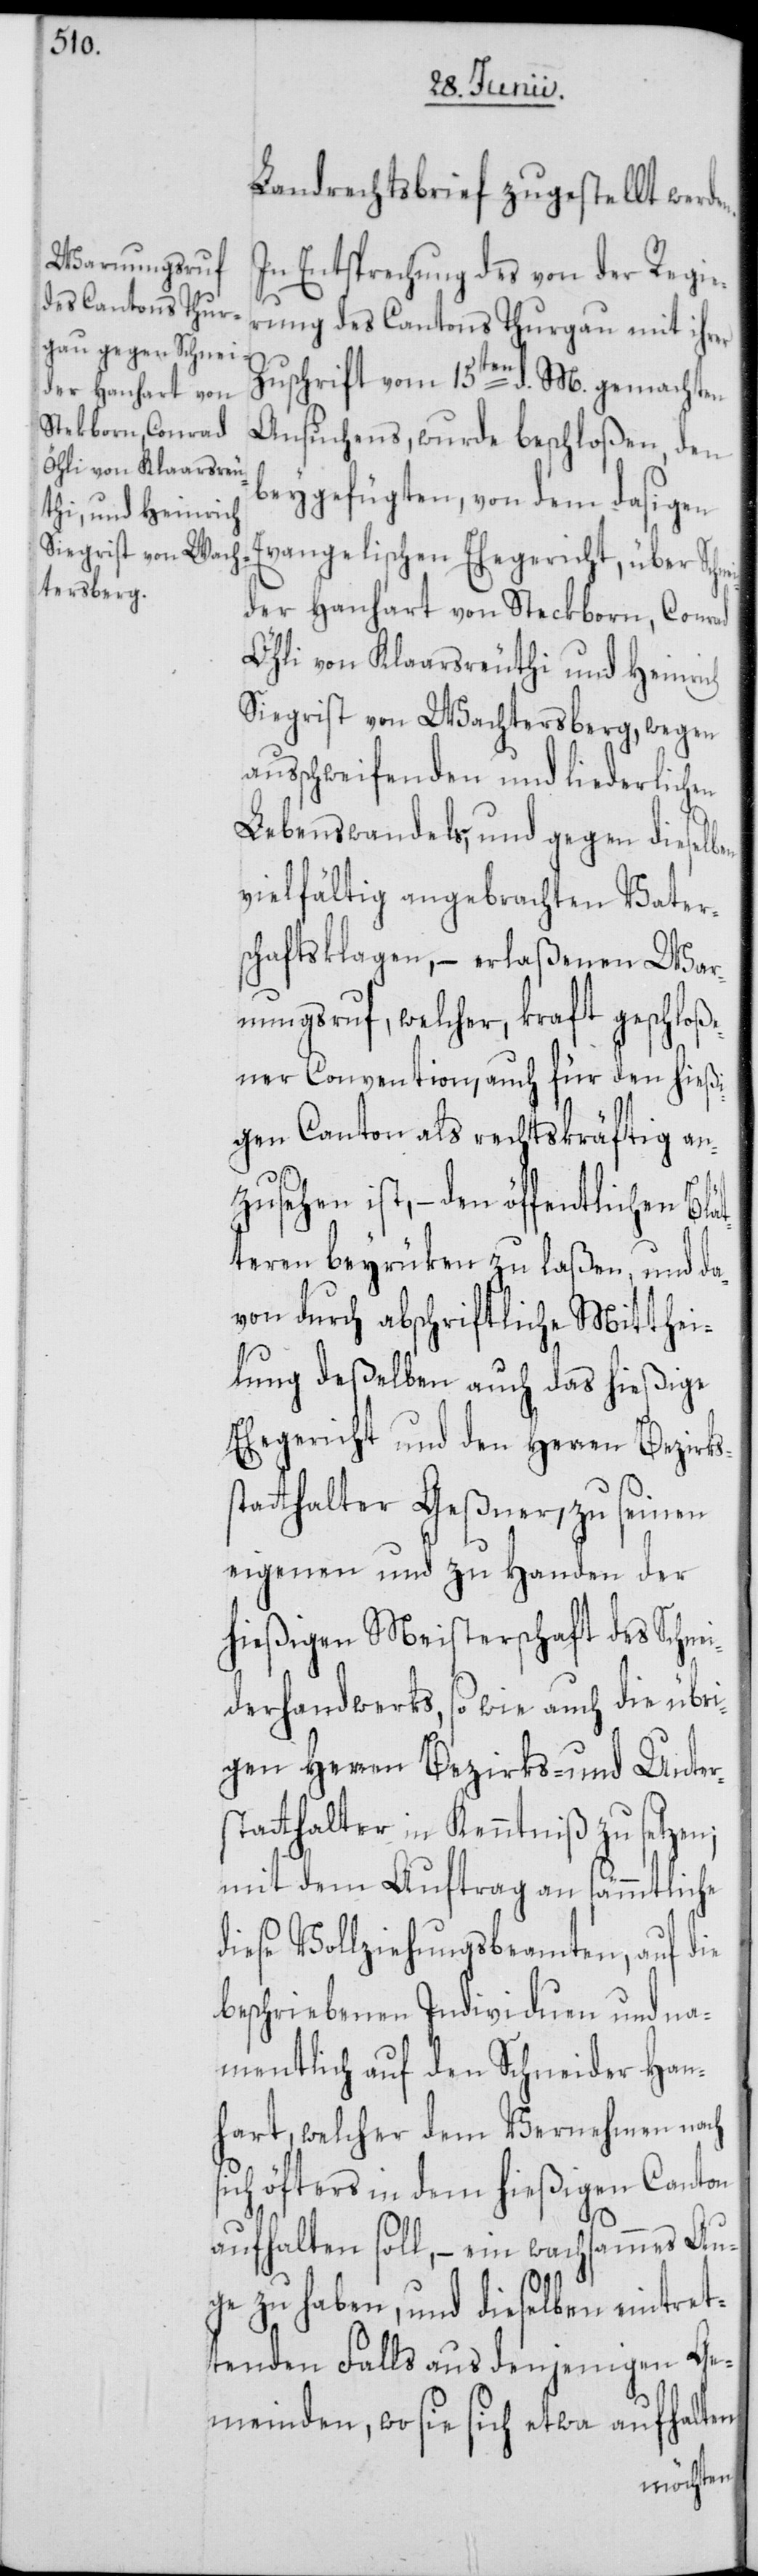
nei¬

Landrechtsbrief zugestellt werd¬
In Entsprechung des von der Regie¬
rung des Cantons Thurgau mit ihrer
Zuschrift vom 15ten d. M. gemachten
Ansuchens, wurde beschloßen, den
beygefügten, von dem dasigen
Evangelischen Ehegericht, über Sch¬
der Hanhart von Steckborn, Conrad
Öhli von Klaarsreuthi und Heinrich
Siegrist von Wachtersberg, wegen
ausschweifenden und liederlichen
Lebenswandels, und gegen dieselben
vielfältig angebrachten Vater¬
schaftsklagen, – erlaßenen War¬
nungsruf, welcher, kraft geschloße¬
ner Convention, auch für den hießi¬
gen Canton als rechtskräftig an¬
zusehen ist, – den öffentlichen Blät¬
teren beyrüken zu laßen, und da¬
von durch abschriftliche Mitthei¬
lung deßelben auch das hießige
Ehegericht und den Herren Bezirks¬
statthalter Geßner, zu seinen
eigenen und zu Handen der
hießigen Meisterschaft des Schne¬
iderhandwerks, so wie auch die übri¬
gen Herren Bezirks- und Unter¬
statthalter in Kenntniß zu setzen;
mit dem Auftrag an sämmtliche
diese Vollziehungsbeamten, auf die
beschriebenen Individuen und na¬
mentlich auf den Schneider Han¬
hart, welcher dem Vernehmen nach
sich öfters in dem hießigen Canton
aufhalten soll, – ein wachsammes Au¬
ge zu haben, und dieselben eintret¬
tenden Falls aus denjenigen Ge¬
meinden, wo sie sich etwa aufhalten